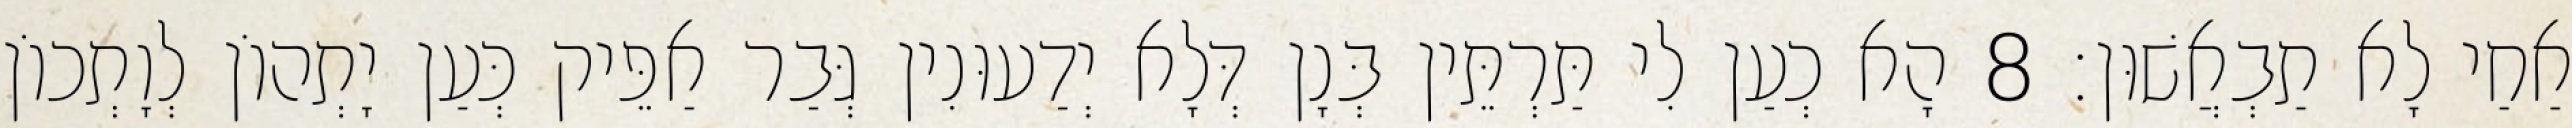
אַחַי לָא תַבְאֲשׁוּן׃ 8 הָא כְעַן לִי תַּרְתֵּין בְּנָן דְּלָא יְדַעוּנִין גְּבַר אַפֵּיק כְּעַן יָתְהוֹן לְוָתְכוֹן